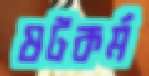
ষটকর্ম